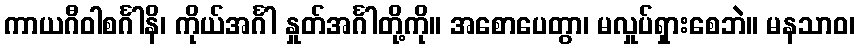
ကာယဂီဝါစင်္ဂါနိ၊ ကိုယ်အင်္ဂါ နှုတ်အင်္ဂါတို့ကို။ အစောပေတွာ၊ မလှုပ်ရှားစေဘဲ။ မနသာဝ၊